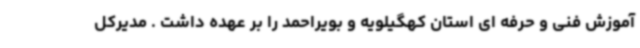
آموزش فنی و حرفه ای استان کهگیلویه و بویراحمد را بر عهده داشت . مدیرکل